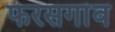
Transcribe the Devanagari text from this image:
फरसगांव